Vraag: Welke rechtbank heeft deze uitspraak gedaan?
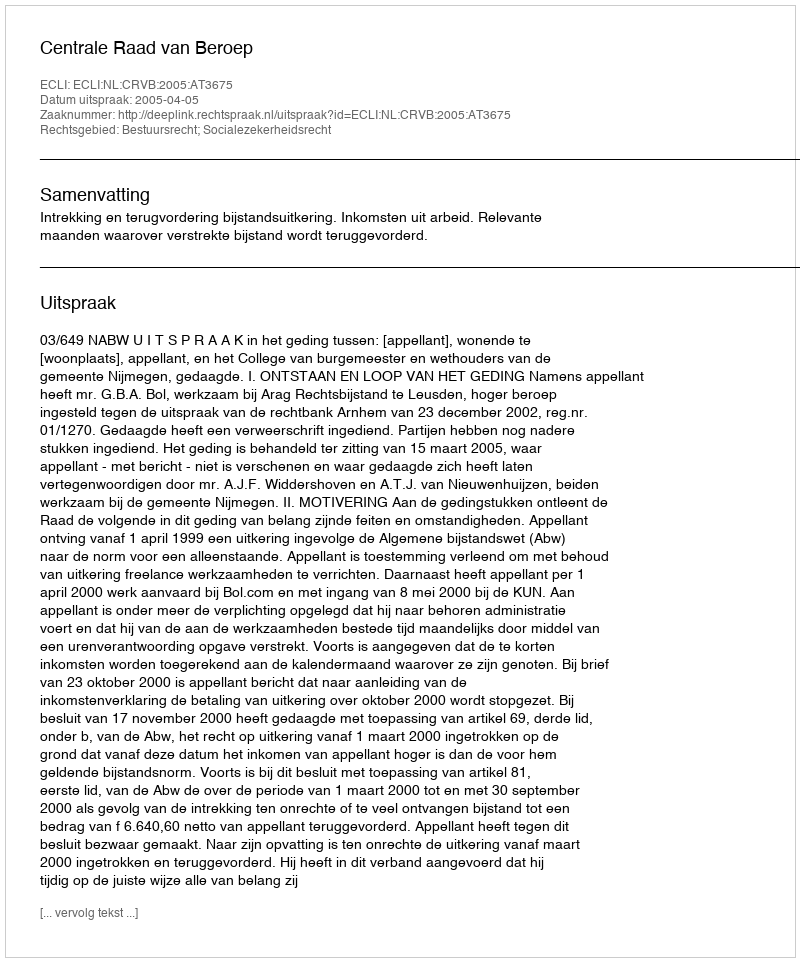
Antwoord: Centrale Raad van Beroep